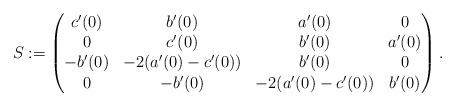
LaTeX: \begin{align*}S:= \begin{pmatrix}c'(0) & b'(0)& a'(0)&0\\0& c'(0)& b'(0)& a'(0)\\-b'(0) & -2(a'(0)-c'(0))& b'(0)&0\\0& -b'(0)& -2(a'(0)-c'(0))&b'(0)\end{pmatrix}.\end{align*}